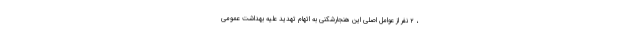
، ۲ نفر از عوامل اصلی این هنجارشکنی به اتهام تهدید علیه بهداشت عمومی